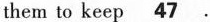
them to keep\underline47 .